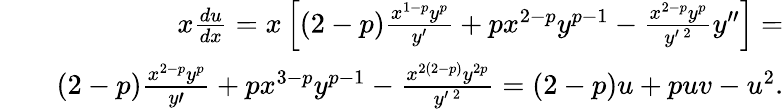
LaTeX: \begin{array}{rlr}&{}&{x\frac{du}{dx}=x\left[(2-p)\frac{x^{1-p}y^{p}}{y^{\prime}}+px^{2-p}y^{p-1}-\frac{x^{2-p}y^{p}}{y^{\prime\, 2}}y^{\prime\prime}\right]=}\\ &{}&{(2-p)\frac{x^{2-p}y^{p}}{y\prime}+px^{3-p}y^{p-1}-\frac{x^{2(2-p)}y^{2p}}{y^{\prime\, 2}}=(2-p)u+puv-u^{2}.}\end{array}